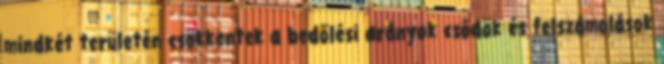
mindkét területén csökkentek a bedőlési arányok csődök és felszámolások